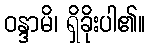
ဝန္ဒာမိ၊ ရှိခိုးပါ၏။